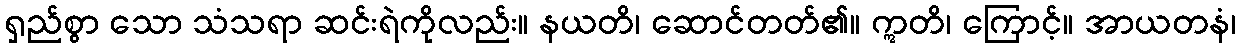
ရှည်စွာ သော သံသရာ ဆင်းရဲကိုလည်း။ နယတိ၊ ဆောင်တတ်၏။ ဣတိ၊ ကြောင့်။ အာယတနံ၊